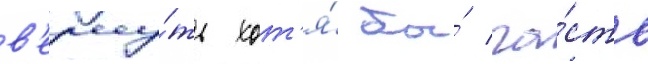
в'ерну́ть хот'я́ бы́ ча́сть